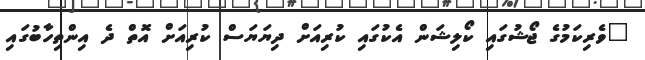
"ވެރިކަމުގެ ޖޯޝުގައި ކޯލިޝަން އެކުގައި ކުރިއަށް ދިޔަޔަސް ކުރިއަށް އޮތް ދެ އިންތިހާބުގައި